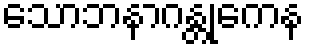
သောဘနာဂန္တုကေန